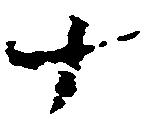
十